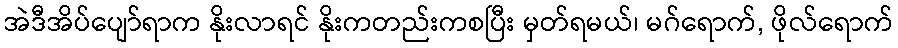
အဲဒီအိပ်ပျော်ရာက နိုးလာရင် နိုးကတည်းကစပြီး မှတ်ရမယ်၊ မဂ်ရောက်, ဖိုလ်ရောက်